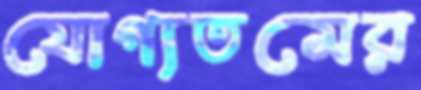
যোগ্যতমের